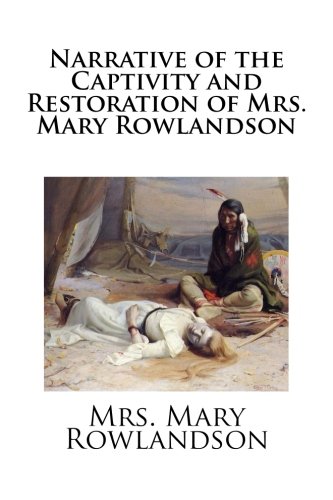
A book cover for Narrative of the Captivity and Restoration of Mrs. Mary Rowlandson; Mrs. Mary Rowlandson; Politics & Social Sciences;